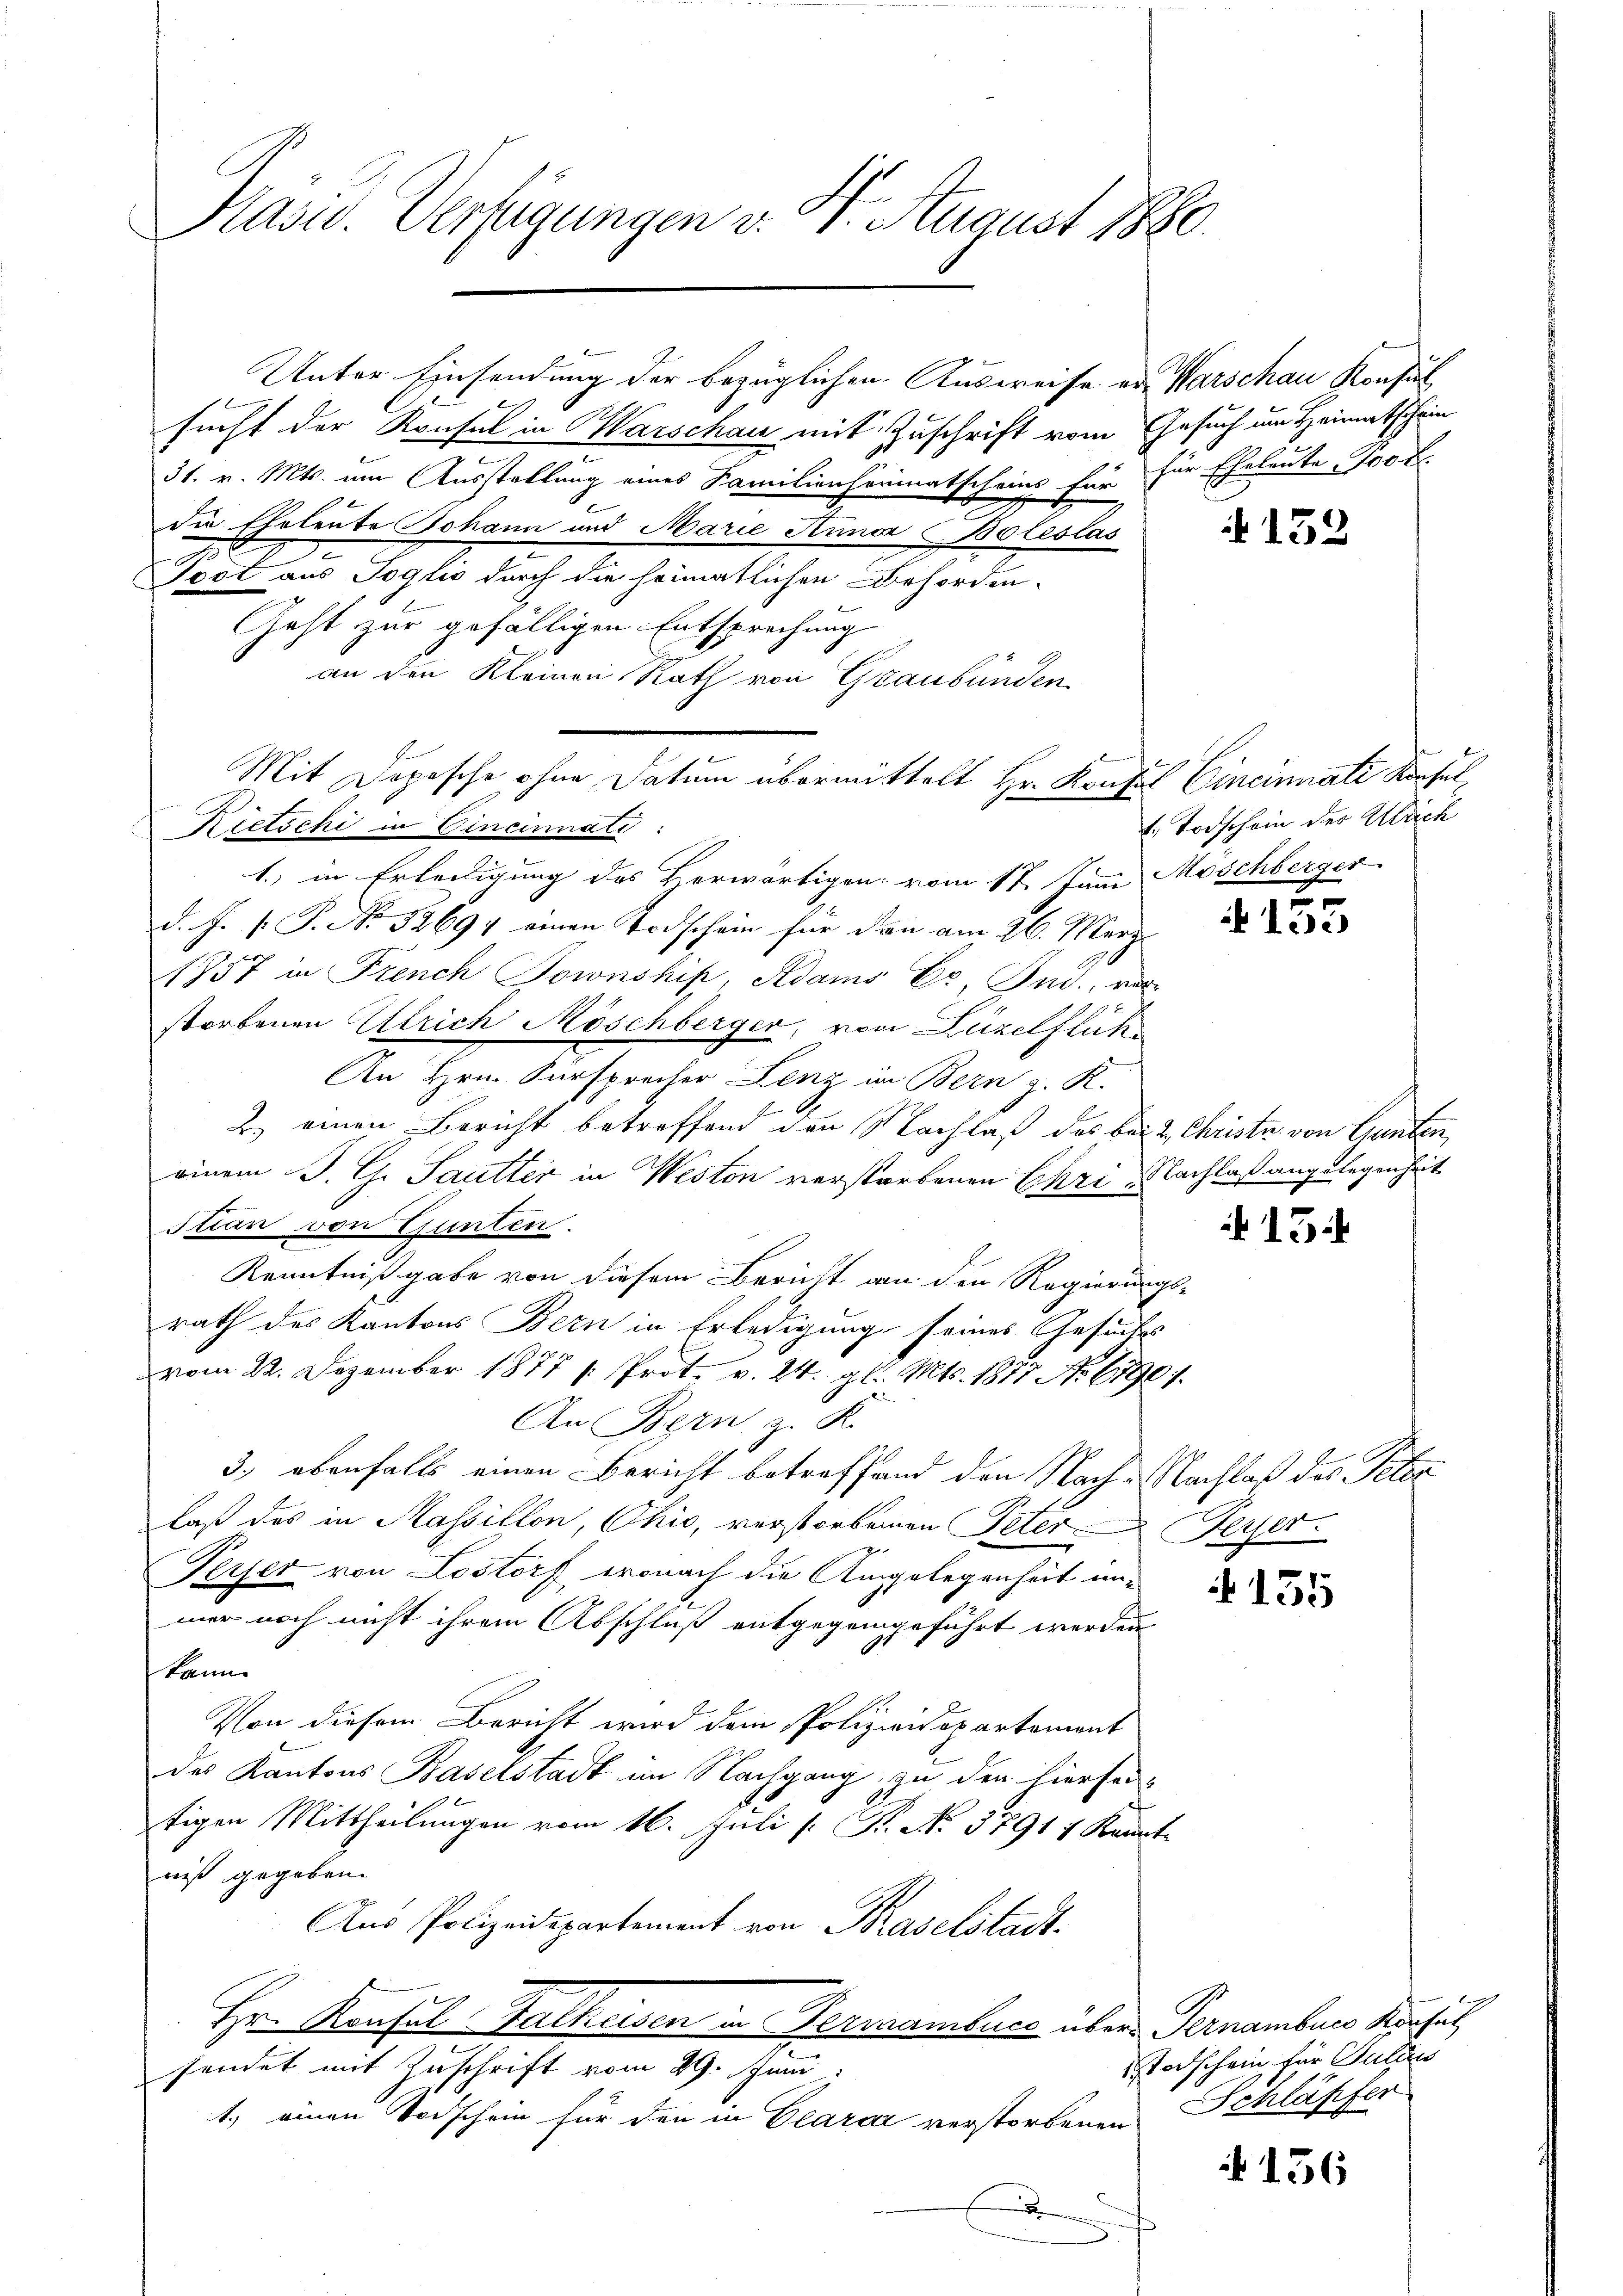
Pasu. Verfügungen v. 4. August 1880.

sucht der Konsul in Warschau mit Zuschrift vom Gesuch um Heimatschein
31. v. Mts. um Ausstellung eines Familienheimatscheins für für Eheleute Pool
die Eheleute Johann und Marie Anna Boleslas
Jost aus Soglio durch die heimatlichen Behörden-
Geht zur gefälligen Entsprechung
an den Kleinen Rath von Graubünden
Mit Depesche ohne Datum übermittelt Hr. Konfel Cincinati Konsul,
Rietschi in Cincinnati:
1., in Erledigung des Verwärtigen vom 17. Juni Moschberger
d. J. P.P. No. 32694 einen Todschein für dann am 26. März
1757 in French Jownship, Adams Cr, Ind., vor-
storbenen Ulrich Möschberger, von Luzelflüh
An Hrn. Fürsprecher Lenz im Bern z. K.
2.) einen Bericht betreffend den Nachlaß des bei & Christe von Gunten,
einem J. G. Sautter in Weston verstorbenen Chri, Nachlaß angelegenheit
Itian von Ganten.
Kenntnißgabe von diesem Bericht an den Regierungs-
rath des Kantons Bern in Erledigung seines Gesuches
vom 22. Dezember 1877 /: Prot. v. 24. gl. Mts. 1877 No 67907.
An Bern z. R.
3., ebenfalls einen Bericht betreffend den Nach-Nachlaß des Peter
laß das in Massillon, Ohio, verstorbenen Peter Ferser
Perfer von Lostorf, wonach die Angelegenheit inmer noch nicht ihrem Abschluß entgegengeführt werden
kann
Von diesem Bericht wird dem Polizeidepartement
des Kantons Baselstadt im Nachgang zu den hiersei-
tigen Mittheilungen vom 16. Juli [Fr. No. 57914 Kannt
niß gegeben.
Aus Polizeidepartement von Baselstadt.
Hr. Konsul Falkreisen in Germanibuch über Pernamburg Kirchet,
sendet mit Zuschrift vom 29. Juni
1.) einen Todschein für den in Clarar verstorbenen Schläpfer
E

E

Unter Einsendung der bezüglichen Ausweise er Warschau Konsul

152

1. Todschein der Ulrich
.

ik lie

15

f 135

Todschein für Sulzes

156